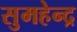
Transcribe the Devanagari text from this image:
सुमहेन्द्र